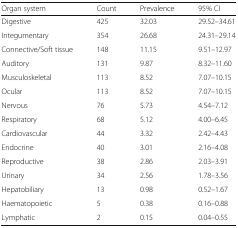
<table><thead><tr><td><b>Organ system</b></td><td><b>Count</b></td><td><b>Prevalence</b></td><td><b>95% CI</b></td></tr></thead><tbody><tr><td>Digestive</td><td>425</td><td>32.03</td><td>29.52–34.61</td></tr><tr><td>Integumentary</td><td>354</td><td>26.68</td><td>24.31–29.14</td></tr><tr><td>Connective/Soft tissue</td><td>148</td><td>11.15</td><td>9.51–12.97</td></tr><tr><td>Auditory</td><td>131</td><td>9.87</td><td>8.32–11.60</td></tr><tr><td>Musculoskeletal</td><td>113</td><td>8.52</td><td>7.07–10.15</td></tr><tr><td>Ocular</td><td>113</td><td>8.52</td><td>7.07–10.15</td></tr><tr><td>Nervous</td><td>76</td><td>5.73</td><td>4.54–7.12</td></tr><tr><td>Respiratory</td><td>68</td><td>5.12</td><td>4.00–6.45</td></tr><tr><td>Cardiovascular</td><td>44</td><td>3.32</td><td>2.42–4.43</td></tr><tr><td>Endocrine</td><td>40</td><td>3.01</td><td>2.16–4.08</td></tr><tr><td>Reproductive</td><td>38</td><td>2.86</td><td>2.03–3.91</td></tr><tr><td>Urinary</td><td>34</td><td>2.56</td><td>1.78–3.56</td></tr><tr><td>Hepatobiliary</td><td>13</td><td>0.98</td><td>0.52–1.67</td></tr><tr><td>Haematopoietic</td><td>5</td><td>0.38</td><td>0.16–0.88</td></tr><tr><td>Lymphatic</td><td>2</td><td>0.15</td><td>0.04–0.55</td></tr></tbody></table>